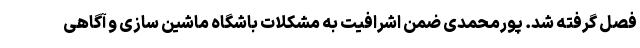
فصل گرفته شد. پورمحمدی ضمن اشرافیت به مشکلات باشگاه ماشین سازی و آگاهی